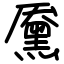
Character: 黡